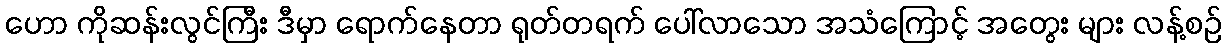
ဟော ကိုဆန်းလွင်ကြီး ဒီမှာ ရောက်နေတာ ရုတ်တရက် ပေါ်လာသော အသံကြောင့် အတွေး များ လန့်စဉ်